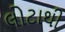
લોટાથી